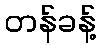
တန်ခန့်